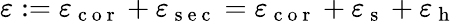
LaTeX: \varepsilon:=\varepsilon_{\mathrm{~c~o~r~}}+\varepsilon_{\mathrm{~s~e~c~}}=\varepsilon_{\mathrm{~c~o~r~}}+\varepsilon_{\mathrm{~s~}}+\varepsilon_{\mathrm{~h~}}